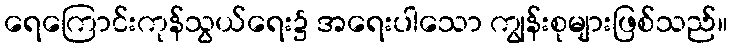
ရေကြောင်းကုန်သွယ်ရေး၌ အရေးပါသော ကျွန်းစုများဖြစ်သည်။